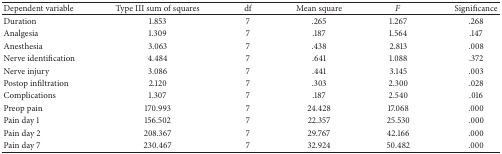
<table><thead><tr><td><b>Dependent variable</b></td><td><b>Type III sum of squares</b></td><td><b>df</b></td><td><b>Mean square</b></td><td><b><i>F</i></b></td><td><b>Significance</b></td></tr></thead><tbody><tr><td>Duration </td><td>1.853</td><td>7</td><td>.265</td><td>1.267</td><td>.268</td></tr><tr><td>Analgesia</td><td>1.309</td><td>7</td><td>.187</td><td>1.564</td><td>.147</td></tr><tr><td>Anesthesia</td><td>3.063</td><td>7</td><td>.438</td><td>2.813</td><td>.008</td></tr><tr><td>Nerve identification</td><td>4.484</td><td>7</td><td>.641</td><td>1.088</td><td>.372</td></tr><tr><td>Nerve injury</td><td>3.086</td><td>7</td><td>.441</td><td>3.145</td><td>.003</td></tr><tr><td>Postop infiltration</td><td>2.120</td><td>7</td><td>.303</td><td>2.300</td><td>.028</td></tr><tr><td>Complications </td><td>1.307</td><td>7</td><td>.187</td><td>2.540</td><td>.016</td></tr><tr><td>Preop pain</td><td>170.993</td><td>7</td><td>24.428</td><td>17.068</td><td>.000</td></tr><tr><td>Pain day 1</td><td>156.502</td><td>7</td><td>22.357</td><td>25.530</td><td>.000</td></tr><tr><td>Pain day 2</td><td>208.367</td><td>7</td><td>29.767</td><td>42.166</td><td>.000</td></tr><tr><td>Pain day 7</td><td>230.467</td><td>7</td><td>32.924</td><td>50.482</td><td>.000</td></tr></tbody></table>